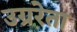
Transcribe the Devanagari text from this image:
उग्ररेता